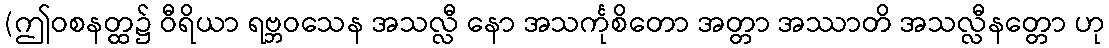
(ဤဝစနတ္ထ၌ ဝီရိယာ ရဗ္ဘဝသေန အသလ္လီ နော အသင်္ကုစိတော အတ္တာ အဿာတိ အသလ္လီနတ္တော ဟု